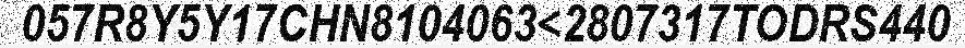
057R8Y5Y17CHN8104063<2807317TODRS440